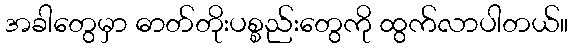
အခါတွေမှာ ဓာတ်တိုးပစ္စည်းတွေကို ထွက်လာပါတယ်။